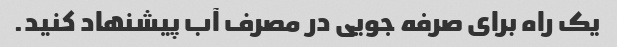
یک راه برای صرفه جویی در مصرف آب پیشنهاد کنید.